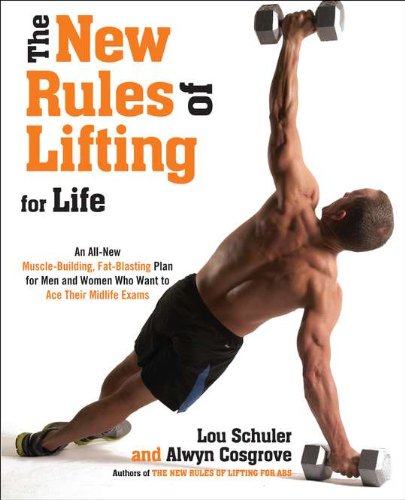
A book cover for The New Rules of Lifting For Life: An All-New Muscle-Building, Fat-Blasting Plan for Men and Women Who Want to Ace Their Midlife Exams; Lou Schuler; Health, Fitness & Dieting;